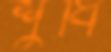
শুধি